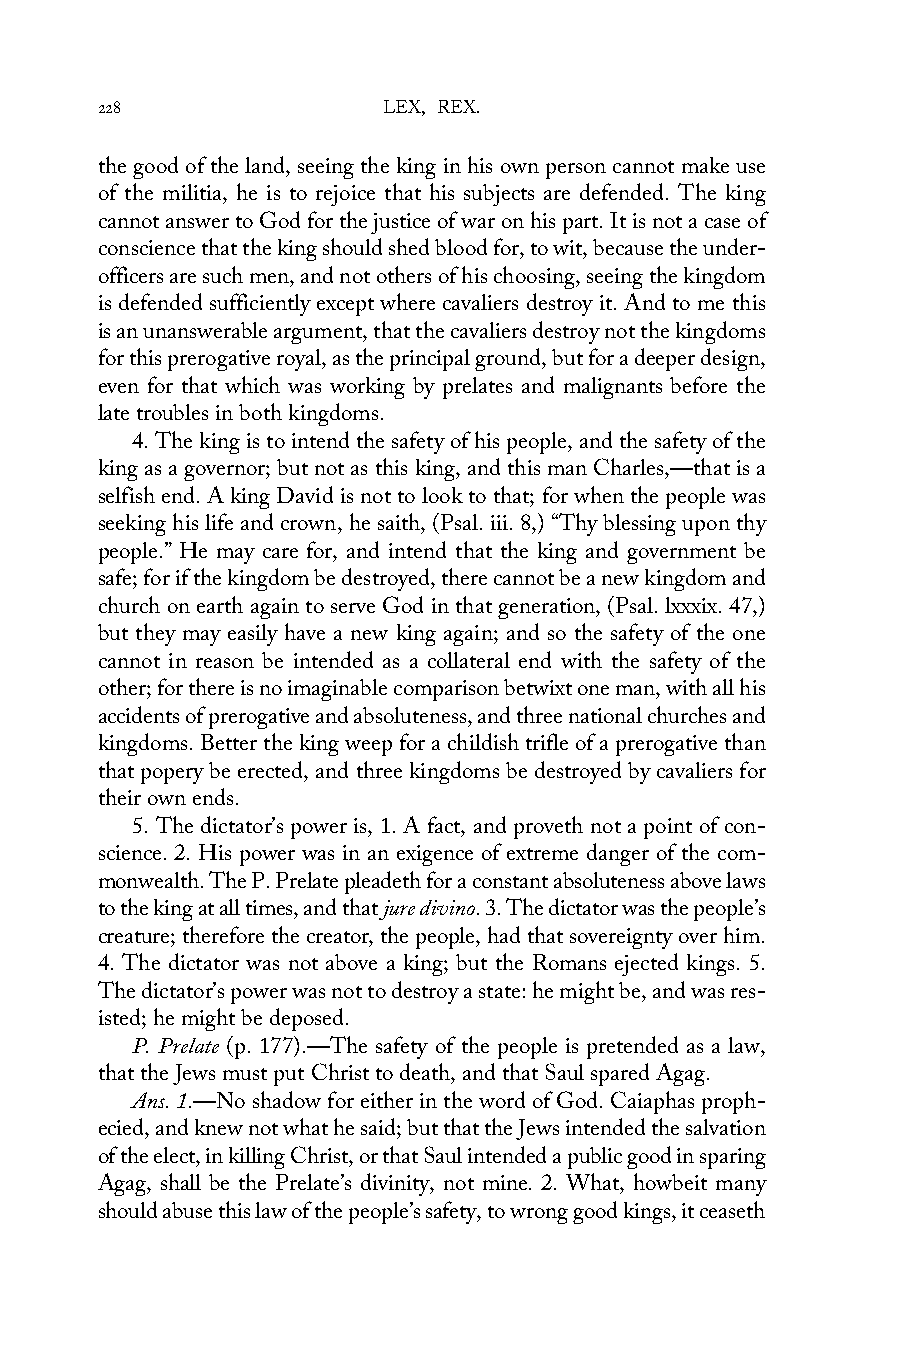
228                LEX, REX.
 the good of the land, seeing the king in his own person cannot make use
 of the militia, he is to rejoice that his subjects are defended. The king
 cannot answer to God for the justice of war on his part. It is not a case of
 conscience that the king should shed blood for, to wit, because the under-
 officers are such men, and not others of his choosing, seeing the kingdom
 is defended sufficiently except where cavaliers destroy it. And to me this
 is an unanswerable argument, that the cavaliers destroy not the kingdoms
 for this prerogative royal, as the principal ground, but for a deeper design,
 even for that which was working by prelates and malignants before the
 late troubles in both kingdoms.
 4. The king is to intend the safety of his people, and the safety of the
 king as a governor; but not as this king, and this man Charles,—that is a
 selfish end. A king David is not to look to that; for when the people was
 seeking his life and crown, he saith, (Psal. iii. 8,) “Thy blessing upon thy
 people.” He may care for, and intend that the king and government be
 safe; for if the kingdom be destroyed, there cannot be a new kingdom and
 church on earth again to serve God in that generation, (Psal. lxxxix. 47,)
 but they may easily have a new king again; and so the safety of the one
 cannot in reason be intended as a collateral end with the safety of the
 other; for there is no imaginable comparison betwixt one man, with all his
 accidents of prerogative and absoluteness, and three national churches and
 kingdoms. Better the king weep for a childish trifle of a prerogative than
 that popery be erected, and three kingdoms be destroyed by cavaliers for
 their own ends.
 5. The dictator’s power is, 1. A fact, and proveth not a point of con-
 science. 2. His power was in an exigence of extreme danger of the com-
 monwealth. The P. Prelate pleadeth for a constant absoluteness above laws
 to the king at all times, and that jure divino. 3. The dictator was the people’s
 creature; therefore the creator, the people, had that sovereignty over him.
 4. The dictator was not above a king; but the Romans ejected kings. 5.
 The dictator’s power was not to destroy a state: he might be, and was res-
 isted; he might be deposed.
 P. Prelate (p. 177).—The safety of the people is pretended as a law,
 that the Jews must put Christ to death, and that Saul spared Agag.
 Ans. 1.—No shadow for either in the word of God. Caiaphas proph-
 ecied, and knew not what he said; but that the Jews intended the salvation
 of the elect, in killing Christ, or that Saul intended a public good in sparing
 Agag, shall be the Prelate’s divinity, not mine. 2. What, howbeit many
 should abuse this law of the people’s safety, to wrong good kings, it ceaseth